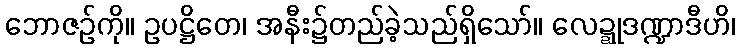
ဘောဇဉ်ကို။ ဥပဋ္ဌိတေ၊ အနီး၌တည်ခဲ့သည်ရှိသော်။ လေဍ္ဍုဒဏ္ဍာဒီဟိ၊